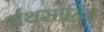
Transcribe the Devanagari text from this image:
ग्रंथसाहिब